Civil Veterinary Department. United Provinces 1912-22 - 1912-1922
Year: 1912
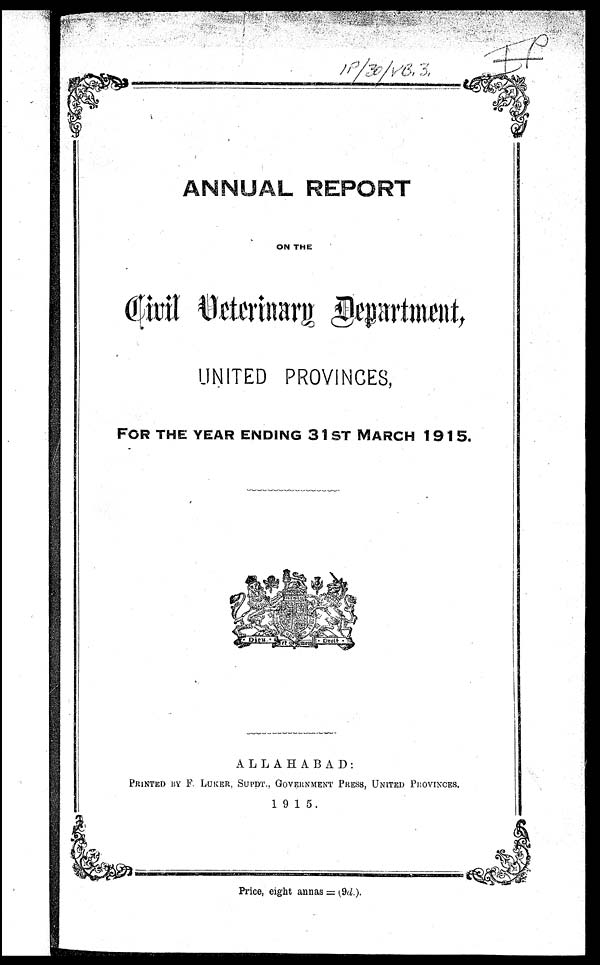
ANNUAL REPORT
ON THE
Civil Veterinary Department,
UNITED PROVINCES,
FOR THE YEAR ENDING 31ST MARCH 1915.
ALLAHABAD:
PRINTED BY F LUKER. SUPDT., GOVERNMENT PRESS, UNITED PROVlNCES.
1915.
Price, eight annas = (9d.).